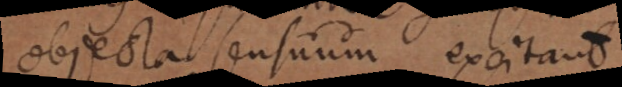
objecta sensuum excitant